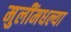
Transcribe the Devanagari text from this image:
मुलींमधल्या